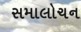
સમાલોચન